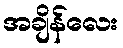
အချိန်လေး